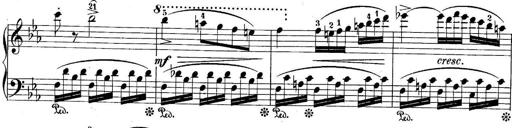
Title: 10 Sonatines progressives
Composer: Anton Schmoll